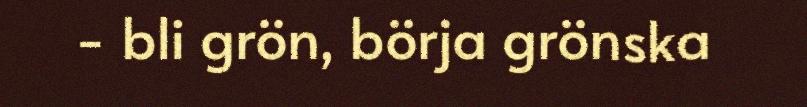
- bli grön, börja grönska